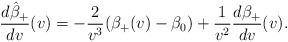
\begin{align*} \frac{d\hat{\beta}_+}{dv}(v)=-\frac{2}{v^3}(\beta_+(v)-\beta_0)+\frac{1}{v^2}\frac{d\beta_+}{dv}(v).\end{align*}